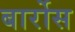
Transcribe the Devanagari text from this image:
बार्रोस